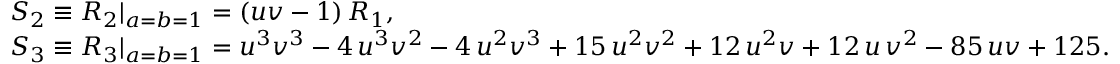
\begin{array} { r l } & { S _ { 2 } \equiv R _ { 2 } | _ { a = b = 1 } = \left( u v - 1 \right) R _ { 1 } , } \\ & { S _ { 3 } \equiv R _ { 3 } | _ { a = b = 1 } = u ^ { 3 } v ^ { 3 } - 4 \, u ^ { 3 } v ^ { 2 } - 4 \, u ^ { 2 } v ^ { 3 } + 1 5 \, u ^ { 2 } v ^ { 2 } + 1 2 \, u ^ { 2 } v + 1 2 \, u \, v ^ { 2 } - 8 5 \, u v + 1 2 5 . } \end{array}